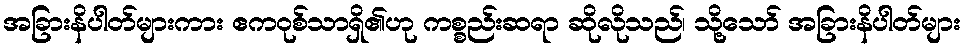
အခြားနိပါတ်များကား ဧကဝုစ်သာရှိ၏ဟု ကစ္စည်းဆရာ ဆိုလိုသည်၊ သို့သော် အခြားနိပါတ်များ